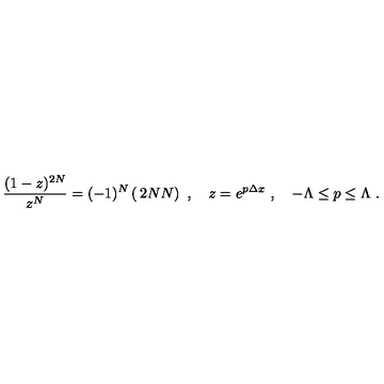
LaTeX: { \frac { ( 1 - z ) ^ { 2 N } } { z ^ { N } } } = ( - 1 ) ^ { N } \left( \begin{matrix} { 2 N } \\ { N } \\ \end{matrix} \right) \ , \quad z = e ^ { p \Delta x } \ , \quad - \Lambda \le p \le \Lambda \ .